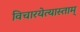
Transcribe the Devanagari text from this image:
विचारयेत्यास्ताम्